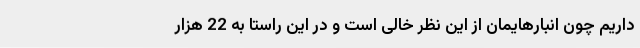
داریم چون انبارهایمان از این نظر خالی است و در این راستا به 22 هزار